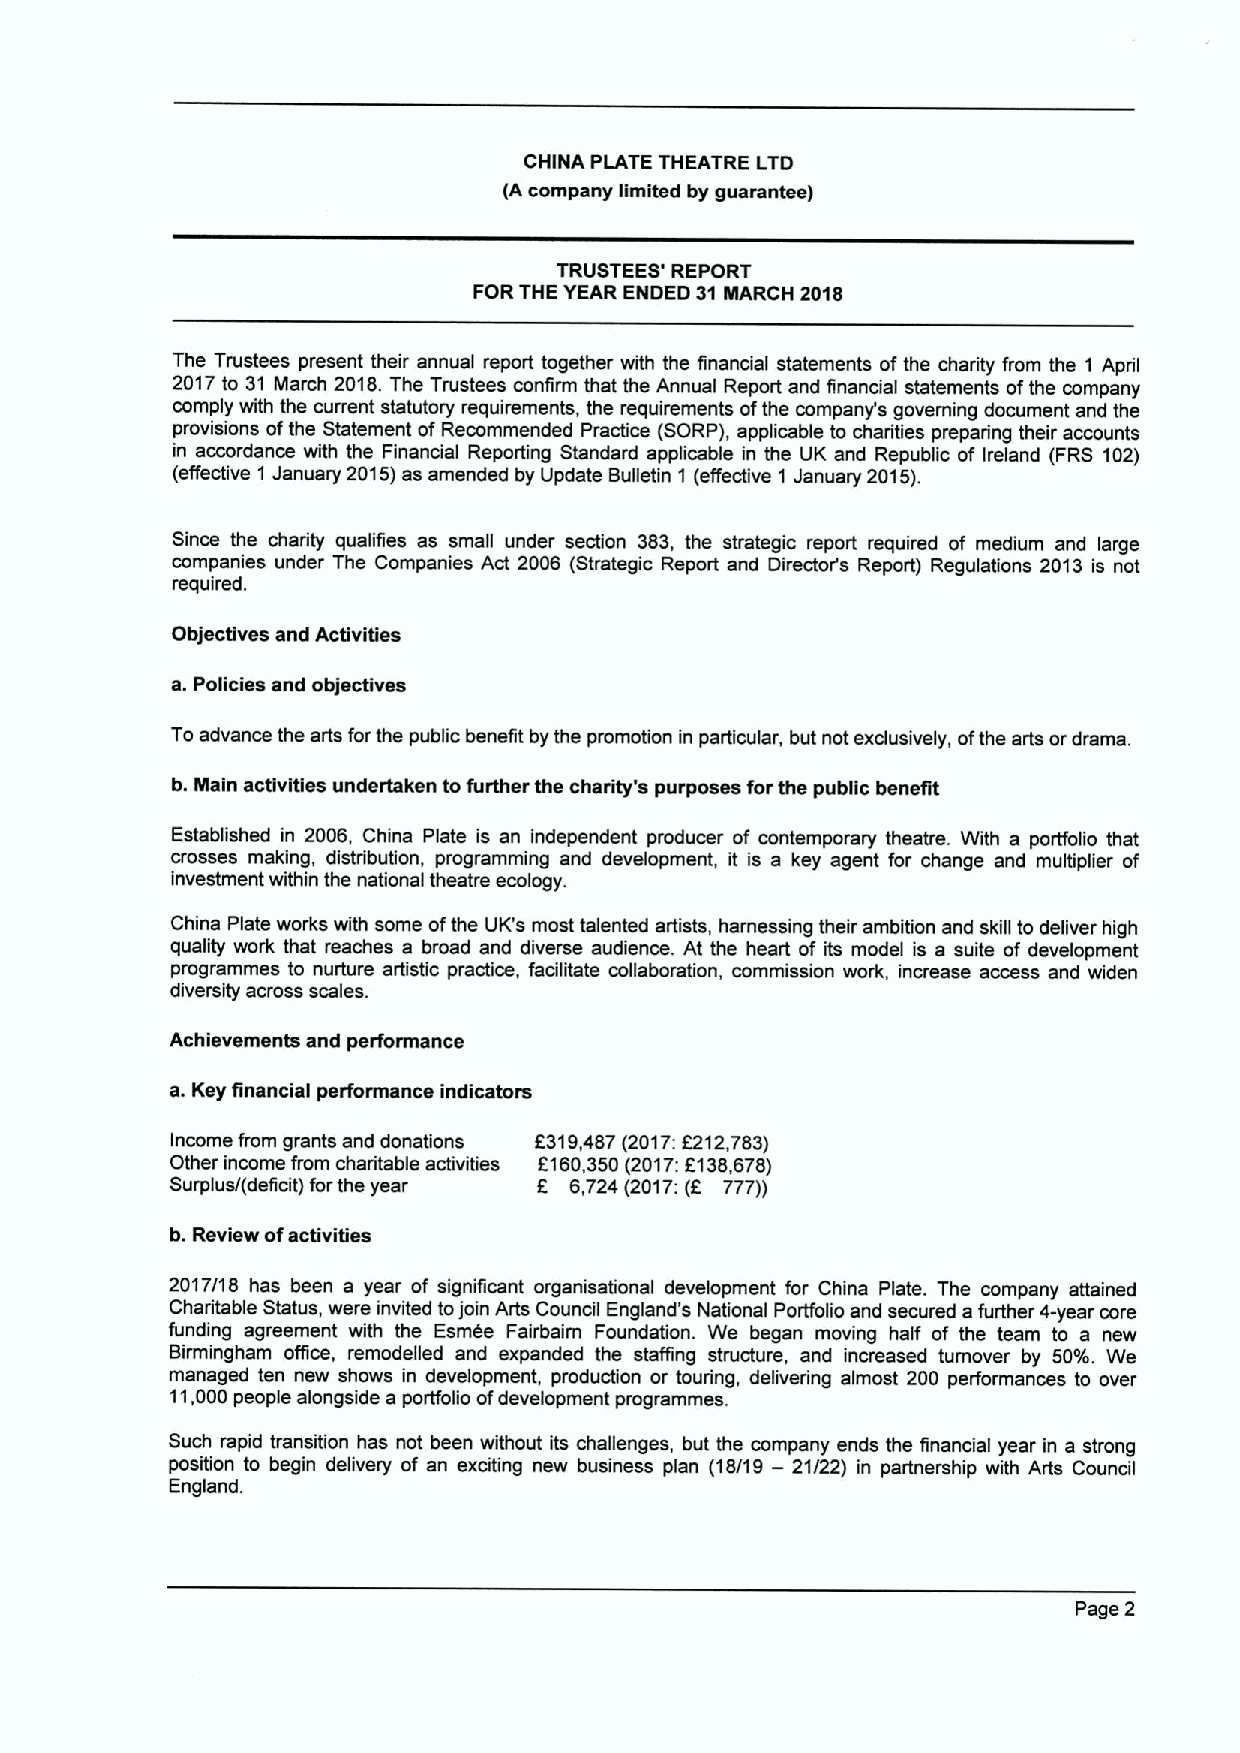
CHINA PLATE THEATRE LTD
 (A company limited by guarantee)
 TRUSTEES' REPORT
 FORTHE YEAR ENDED 31MARCH 2018
 The Trustees present their annual report together with the financial statements ofthe charity from the 1 April
 2017to 31 March 2018.The Trustees confirm that the Annual Report and financial statements ofthe company
 comply with the cunent statutory requirements, the requirements ofthe company's governing document and the
 provisions ofthe Statement of Recommended Practice (SORP), applicable to charities preparing their accounts
 in accordance with the Financial Reporting Standard applicable in the UK and Republic of Ireland (FRS 102)
 (effective 1 January 2015)as amended by Update Bulletin 1 (effective 1 January 2015).
 Since the charity qualifies as small under section 383, the strategic report required of medium and large
 companies under The Companies Act 2006 (Strategic Report and Director's Report) Regulations 2013 is not
 required.
 Objectives and Activities
 a.Policies and objectives
 To advance the arts forthe public benefit by the promotion in particular, but not exdusively, ofthe arts or drama.
 b. Main activities undertaken tofurther the charity's purposes for the public benefit
 Established in 2006, China Plate is an independent producer of contemporary theatre. With a porffolio that
 crosses making, distribution, programming and development, it is a key agent for change and multiplier of
 investment within the national theatre ecology.
 China Plate works with some ofthe UK's most talented artists, harnessing their ambition and skill to deliver high
 quality work that reaches a broad and diverse audience. At the heart of its model is a suite of development
 programmes to nurture artistic practice, facilitate collaboration, commission work, increase access and widen
 diversity across scales.
 Achievements and perfonnance
 a.Key financial performance indicators
 Income from grants and donations 5319,487 (2017:5212,783)
 Other income from charitable activities F160,350(2017:8138,678)
 Surplus/(deficit) forthe year 6,724(2017:(5 777))
 b. Review ofactivities
 2017/18 has been a year of significant organisational development for China Plate. The company attained
 Charitable Status, were invited tojoin Arts Council England's National Portfolio and secured a further 4-year core
 funding agreement with the Esmee Fairbaim Foundation. We began moving half of the team to a new
 Birmingham office, remodelled and expanded the staffing structure, and increased turnover by 50'%%d. We
 managed ten new shows in development, production or touring, delivering almost 200 performances to over
 11,000people alongside a portfolio ofdevelopment programmes.
 Such rapid transition has not been without its challenges, but the company ends the financial year in a strong
 position to begin delivery of an exciting new business plan (18/19 — 21/22) in partnership with Arts Council
 England.
 Page 2